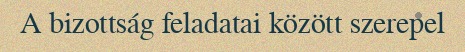
A bizottság feladatai között szerepel